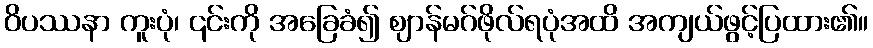
ဝိပဿနာ ကူးပုံ၊ ၎င်းကို အခြေခံ၍ ဈာန်မဂ်ဖိုလ်ရပုံအထိ အကျယ်ဖွင့်ပြထား၏။